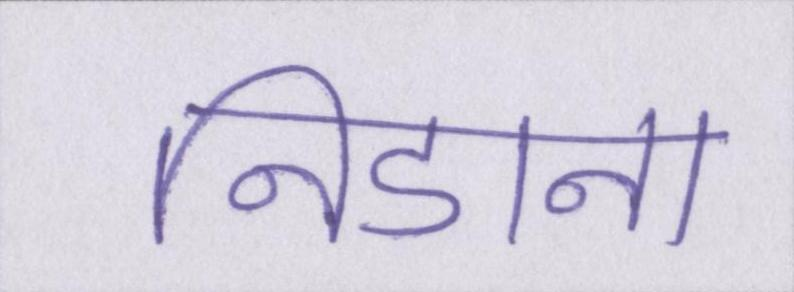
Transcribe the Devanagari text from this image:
निडाना